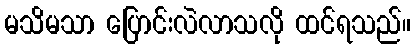
မသိမသာ ပြောင်းလဲလာသလို ထင်ရသည်။